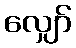
လျှော်